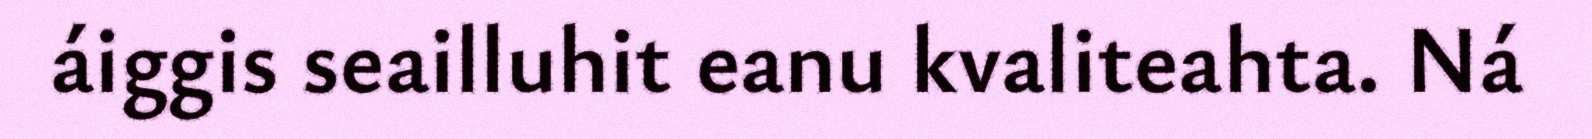
áiggis seailluhit eanu kvaliteahta. Ná